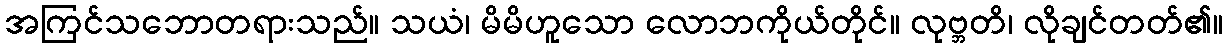
အကြင်သဘောတရားသည်။ သယံ၊ မိမိဟူသော လောဘကိုယ်တိုင်။ လုဗ္ဘတိ၊ လိုချင်တတ်၏။